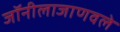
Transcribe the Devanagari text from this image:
जॉनीलाजाणवले